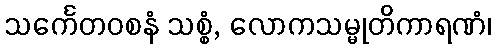
သင်္ကေတဝစနံ သစ္စံ, လောကသမ္မုတိကာရဏံ၊